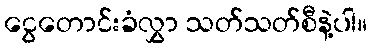
ငွေတောင်းခံလွှာ သတ်သတ်စီနဲ့ပါ။